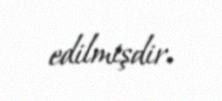
edilmişdir.